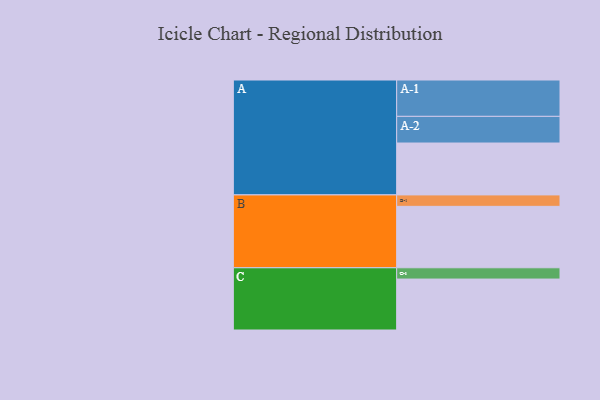
{"axis": {"x": "Segment", "y": "Value"}, "legend": ["", "A", "B", "C"], "data": [{"x": "A", "y": 327, "type": ""}, {"x": "B", "y": 387, "type": ""}, {"x": "C", "y": 321, "type": ""}, {"x": "A-1", "y": 229, "type": "A"}, {"x": "A-2", "y": 168, "type": "A"}, {"x": "B-1", "y": 72, "type": "B"}, {"x": "C-1", "y": 71, "type": "C"}]}